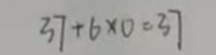
3 7 + 6 \times 0 = 3 7